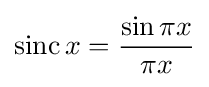
\operatorname {sinc} x={\frac {\sin \pi x}{\pi x}}